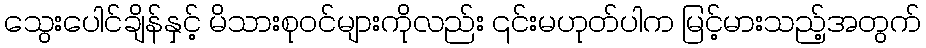
သွေးပေါင်ချိန်နှင့် မိသားစုဝင်များကိုလည်း ၎င်းမဟုတ်ပါက မြင့်မားသည့်အတွက်